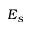
E _ { s }